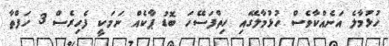
ހުޅުމާލެ އަނެއްކާވެސް ހުޅުމާލޭގައި ހިތްފަސޭހަ ބޮޑު ޕާކެއް ނަމަކީ ފެހިރެސް 3 ހަފްތާ